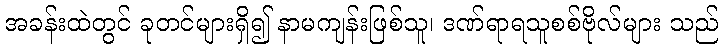
အခန်းထဲတွင် ခုတင်များရှိ၍ နာမကျန်းဖြစ်သူ၊ ဒဏ်ရာရသူစစ်ဗိုလ်များ သည်